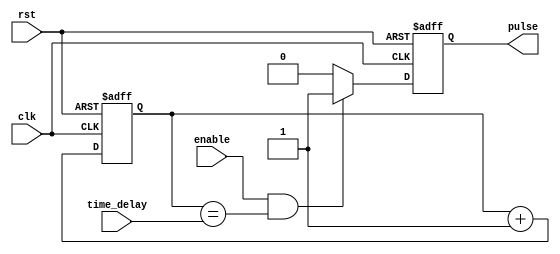
module Rising_Edge_Pulse_Generator (
    input wire clk,
    input wire rst,
    input wire enable,
    input wire [31:0] time_delay,
    output reg pulse
);

// Internal signal declaration
reg [31:0] counter;

// Synchronization and rising edge detection logic
always @(posedge clk or posedge rst) begin
    if (rst) begin
        pulse <= 0;
        counter <= 0;
    end else begin
        if (enable && (counter == time_delay)) begin
            pulse <= 1;
        end else begin
            pulse <= 0;
        end
        
        counter <= counter + 1;
    end
end

endmodule